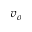
v _ { o }